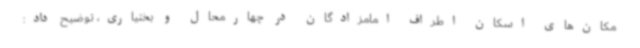
مکان‌های اسکان اطراف امامزادگان در چهارمحال و بختیاری، توضیح داد: